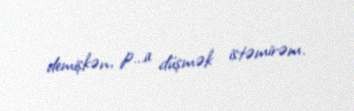
demişkən, p...a düşmək istəmirəm.